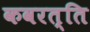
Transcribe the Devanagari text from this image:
कवरत्ति